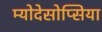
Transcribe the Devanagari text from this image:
म्योदेसोप्सिया